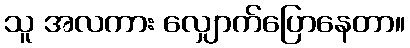
သူ အလကား လျှောက်ပြောနေတာ။